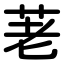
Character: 荖